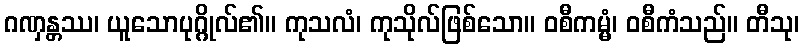
ဂဏှန္တဿ၊ ယူသောပုဂ္ဂိုလ်၏။ ကုသလံ၊ ကုသိုလ်ဖြစ်သော။ ဝစီကမ္မံ၊ ဝစီကံသည်။ တီသု၊